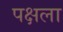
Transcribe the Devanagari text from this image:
पक्षला